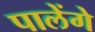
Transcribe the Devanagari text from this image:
पालेंगे